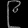
Digit: ၉